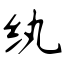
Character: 纨